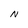
Character: N